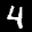
Digit: 4